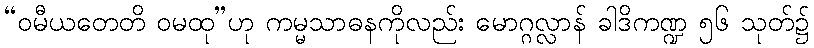
“ဝမီယတေတိ ဝမထု”ဟု ကမ္မသာဓနကိုလည်း မောဂ္ဂလ္လာန် ခါဒိကဏ္ဍ ၅၆ သုတ်၌